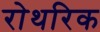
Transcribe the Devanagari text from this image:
रोथरिक